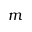
m